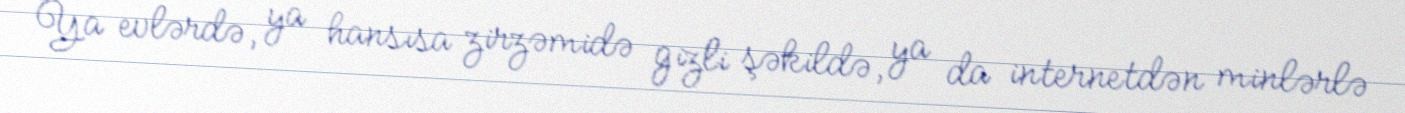
Ya evlərdə, ya hansısa zirzəmidə gizli şəkildə, ya da internetdən minlərlə